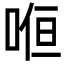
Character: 𭈚